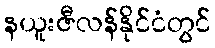
နယူးဇီလန်နိုင်ငံတွင်